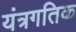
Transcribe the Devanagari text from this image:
यंत्रगतिक